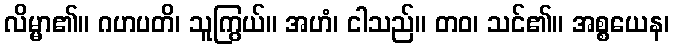
လိမ္မာ၏။ ဂဟပတိ၊ သူကြွယ်။ အဟံ၊ ငါသည်။ တဝ၊ သင်၏။ အစ္စယေန၊